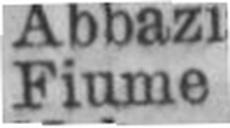
Fiume